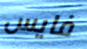
فايس